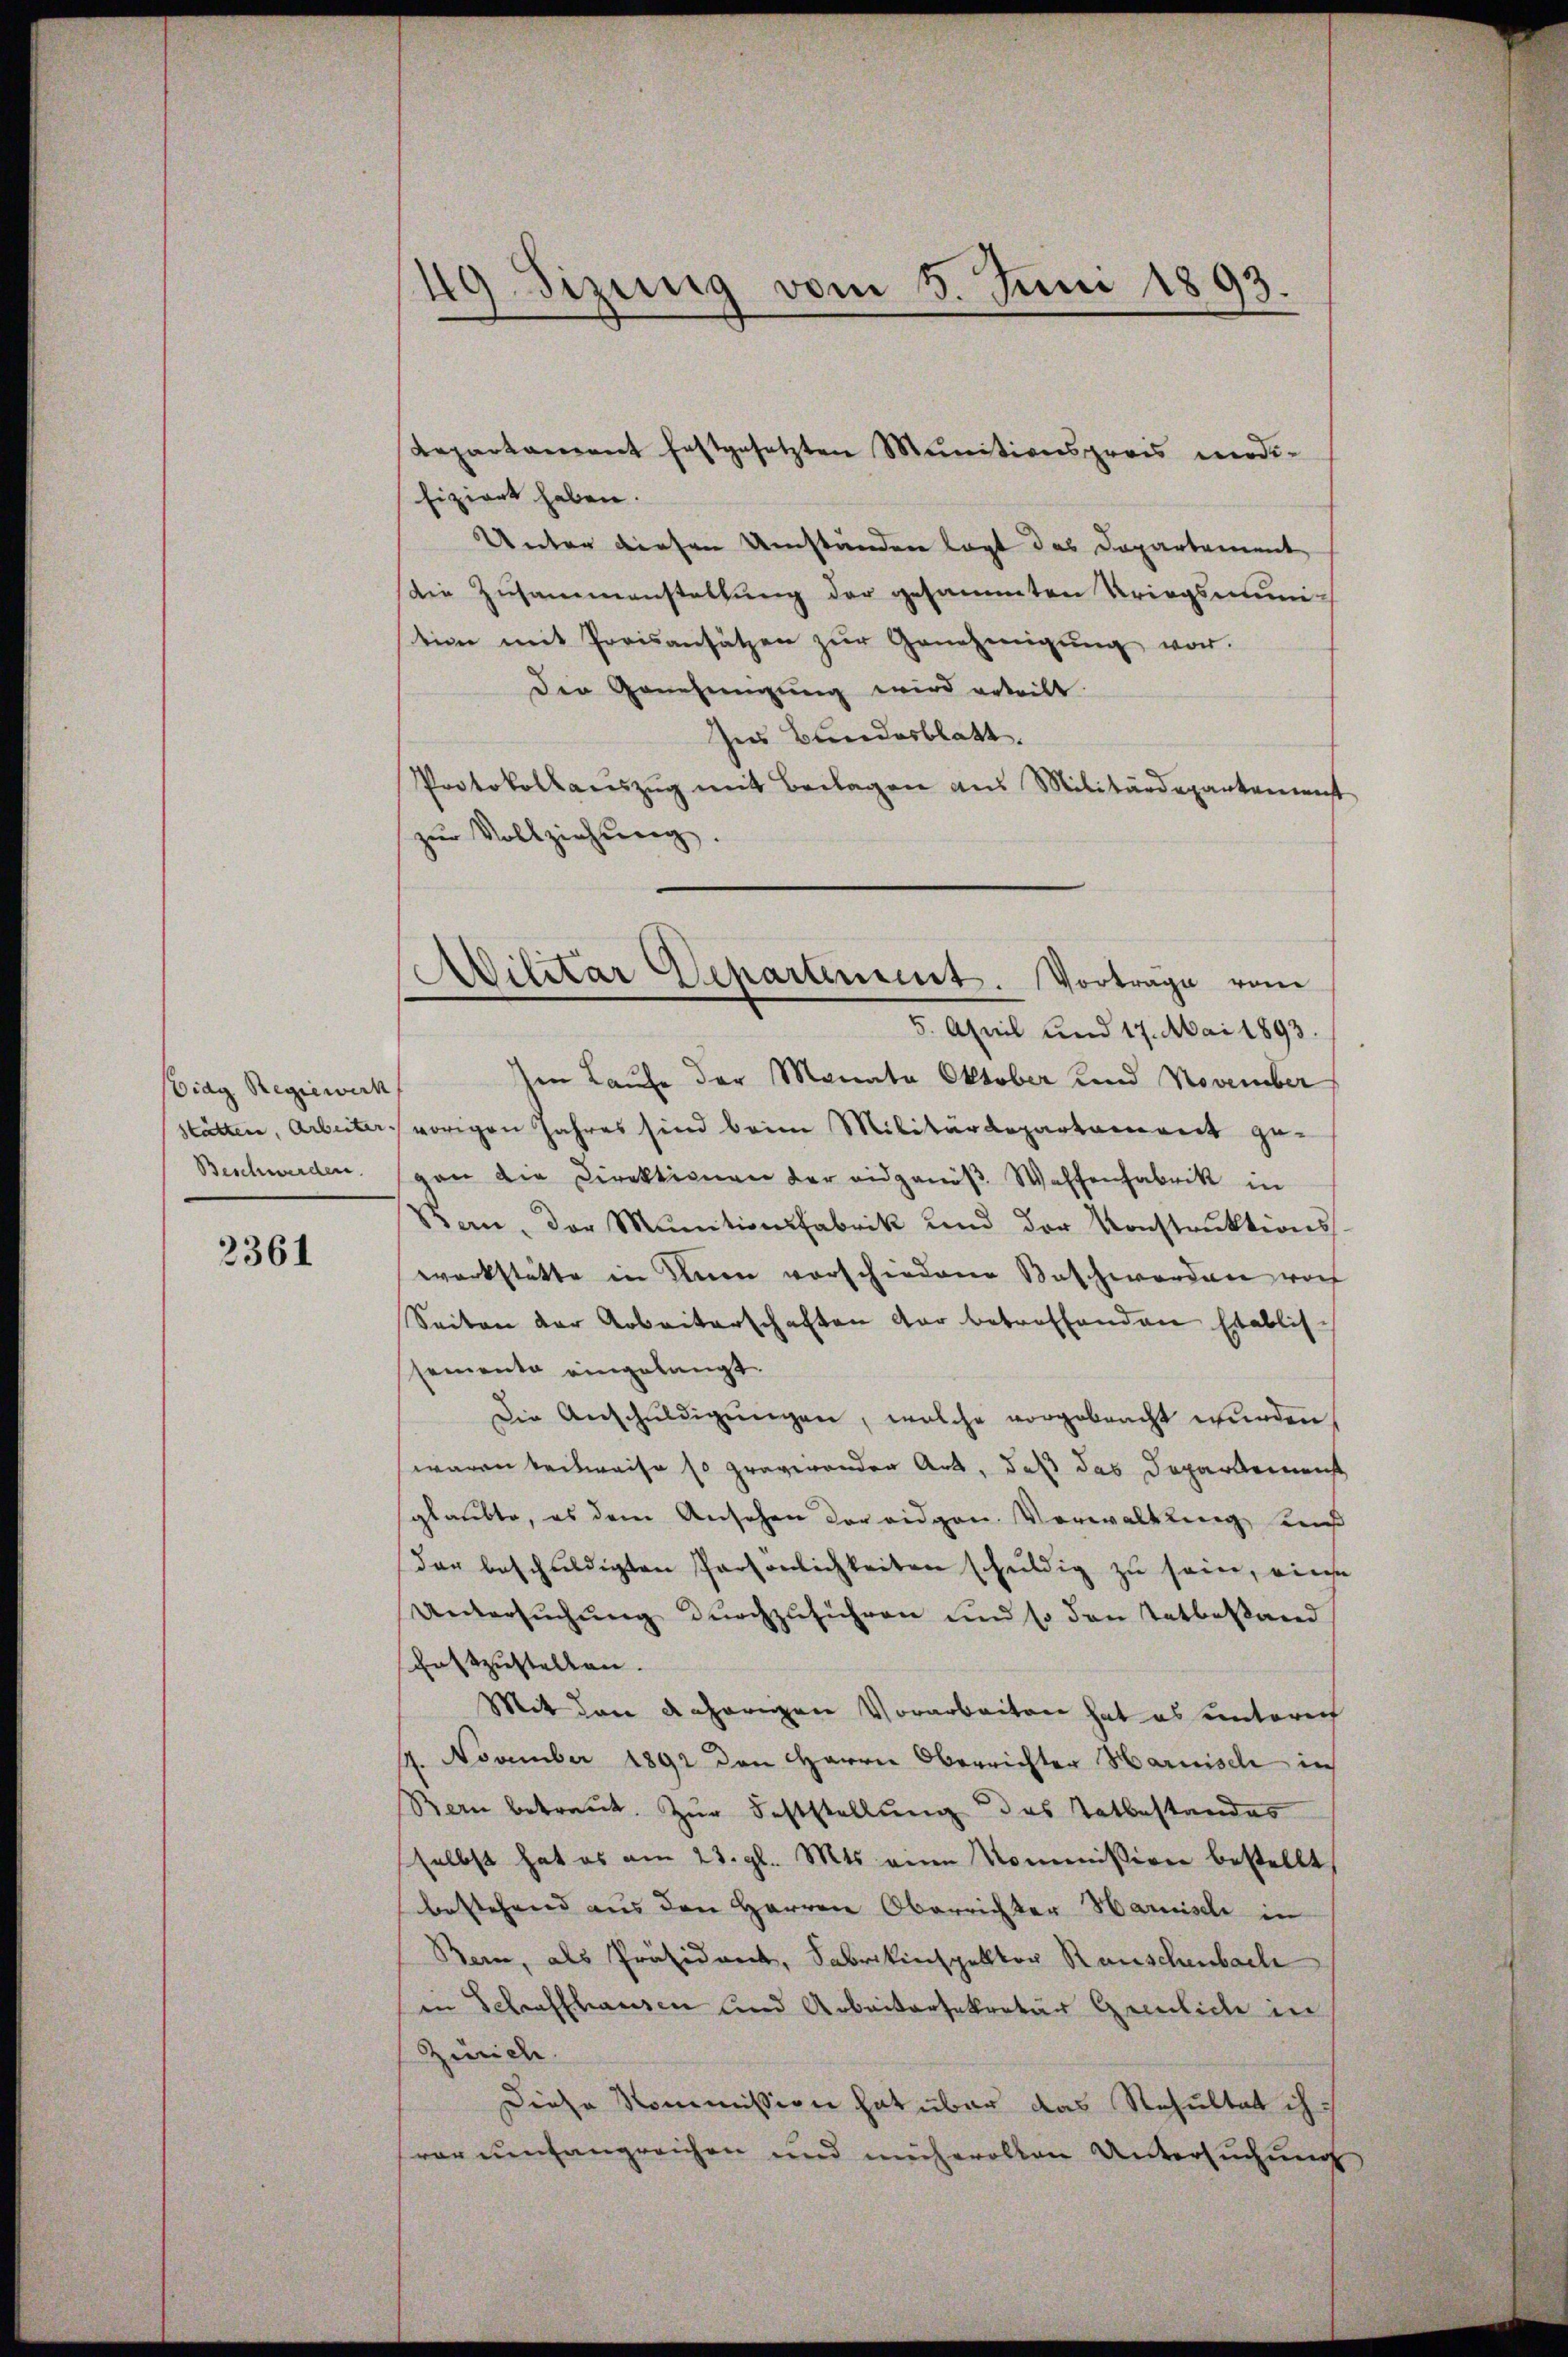
Eidg Regiewick
Beschwerden.

2361

Repartament festgesetzten Munitionsprois modi-
fiziert haben.
Unter diesen Umständen legt das Departement
Die Zusammenstellung der gesammten Kriegsmini-
stion mit Preisansätzen zŭr Genehmigŭng vor.
Der Genehmigung wird erteilt.
Ins Bundesblatt.
Protokollauszug mit Beilagen aus Militärdepartement
zŭr Vollziehung.

49. Sizung vom 3. Juni 1893.

5. April und 17. Mai 1893.
Im Laufe der Monata Oktober und November
stätten, Arbeiter vorigen Jahres sind beim Militärdepartament ge-
gan die Direktionen der eidgenöβ Waffenfabrik in
Ban, der Munitionsfabrik und der Konstrŭktions
werkstätte in denen vorschiedene Beschworden noch
Seiten der Arbeiterschaften der betreffenden Etablisc
semente eingelangt.
Die Anschŭldigŭngen, welche vorgebracht wŭrden.
waren teilweise so gravirenden Art, daß das Departement
glaubte, es dem Ansehen der eidgen. Verwaltung, weiß
dar beschuldigten Persönlichkeiten schuldig zu sein, eine
Untersŭchŭng durchzuführen und so den Tatbestand
scastzustellen.
Mit den daherigen Vorarbeiten hat es unterich
14. November 1892 den Herrn Oberrichter Harnisch in
Bern betraŭt. Zŭr Feststellŭng des Tatbestandes
selbst hat es am 23. gl. Mts. eine Kommission bestellt,
bestehend aus den Herren Oberrichter Harnisch in
Bern, als Präsident, Fabrikinspektor Rauschenbach
in Schraffhausen und Arbeitersekretär Greulich in
Zürich.
Diese Kommission hat über das Resultat ih
vor umfangreichen und mühevollen Untersuchung

d
Militar Departement. Vortrage vom